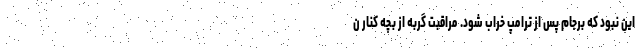
این نبود که برجام پس از ترامپ خراب شود. مراقبت گربه از بچه کنار ن